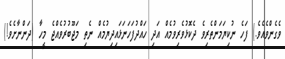
ވެގެންވެއެވެ.) ފަހެ ނުކިޔަމަންތެރިވެ ދެކޮޅުވެރިވުމެއް އަދި ހައްދުފަަހަނަޅައިދިޔުމެއް ނެތި މަޖޫބުރުވެއްޖެ މީހާ (ދަންނާށެވެ!)